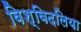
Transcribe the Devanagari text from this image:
विश्विदलिया